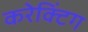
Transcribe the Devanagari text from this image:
करेक्टिंग